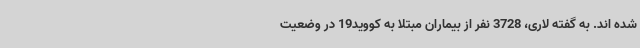
شده اند. به گفته لاری، 3728 نفر از بیماران مبتلا به کووید19 در وضعیت